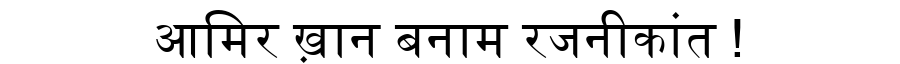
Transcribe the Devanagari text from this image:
आमिर ख़ान बनाम रजनीकांत !